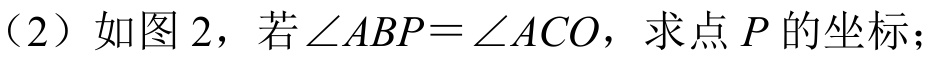
（2）如图 2，若\(\angle ABP = \angle ACO\)，求点\(P\)的坐标；